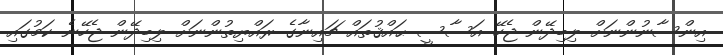
އިންސާނުންނަށް ލިބިދޭން ޖެހޭ އަސާސީ ޙައްޤުތައް ޗައިނާގެ ރައްޔިތުންނަށް ލިބިދޭން ޖެހޭނެ ކަމުގައި